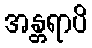
အန္တရာပိ